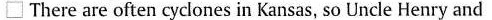
\Box There are often cyclones in Kansas,so Uncle Henry and